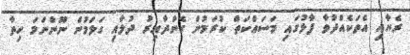
ރެޔާއި އެތަކެއްދުވާ ފާޅުގައި މަސައްކަތް ކުރަމުން ގެންދާއިރު ދުލާއި ގަލަމުން ނޫންނަމަ ހިތާ